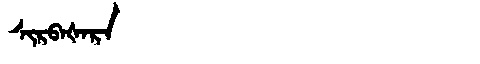
Manchu: ᠰᡳᡵᠪᠠᡧᠠᡵᠠ
Romanization: SIRBAŠARA